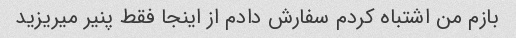
بازم من اشتباه کردم سفارش دادم از اینجا فقط پنیر میریزید